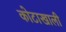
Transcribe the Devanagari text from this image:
कोटाखाली